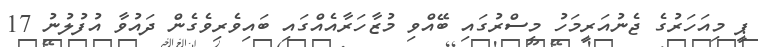
ޕީ މިއަހަރުގެ ޖެނުއަރީމަހު މިސްރުގައި ބޭއްވި މުޒާހަރާއެއްގައި ބައިވެރިވެގެން ދައުވާ އުފުލުނު 17